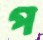
প